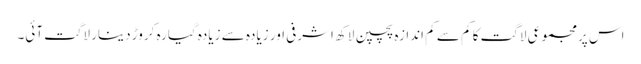
اس پرمجموعی لاگت کا کم سے کم اندازہ پچپن لاکھ اشرفی اور زیادہ سے زیادہ گیارہ کروڑ دینار لاگت آئی۔